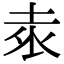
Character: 𭎕